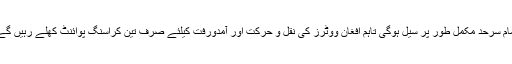
تمام سرحد مکمل طور پر سیل ہوگی تاہم افغان ووٹرز کی نقل و حرکت اور آمدورفت کیلئے صرف تین کراسنگ پوائنٹ کھلے رہیں گے۔